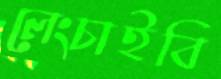
লেংচাইবি